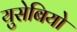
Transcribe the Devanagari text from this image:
युसेबियो